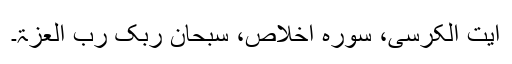
آیت الکرسی، سورہ اخلاص، سبحان ربک رب العزۃ۔